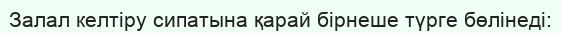
Залал келтіру сипатына қарай бірнеше түрге бөлінеді: